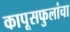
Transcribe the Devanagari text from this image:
कापूसफुलांचा